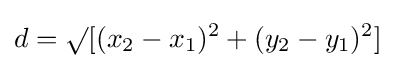
d=\surd [(x_{2}-x_{1})^{2}+(y_{2}-y_{1})^{2}]